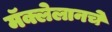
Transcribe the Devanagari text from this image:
मॅक्लेलानचे